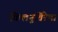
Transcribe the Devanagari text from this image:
किलनुतिरेषा